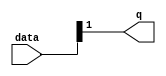
module  int16_float32_altpriority_encoder_3v7
	( 
	data,
	q) ;
	input   [1:0]  data;
	output   [0:0]  q;
	assign
		q = {data[1]};
endmodule